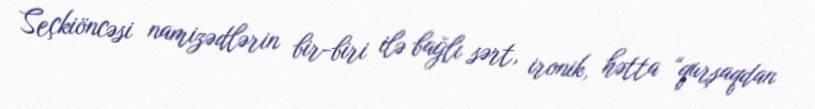
Seçkiöncəsi namizədlərin bir-biri ilə bağlı sərt, ironik, hətta “qurşaqdan